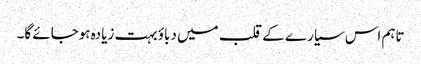
تاہم اس سیارے کے قلب میں دباؤ بہت زیادہ ہوجائے گا۔